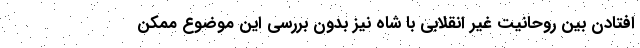
افتادن بین روحانیت غیر انقلابی با شاه نیز بدون بررسی این موضوع ممکن